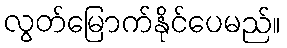
လွတ်မြောက်နိုင်ပေမည်။